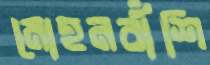
মোহনবাঁশি